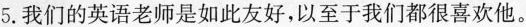
5.我们的英语老师是如此友好,以至于我们都很喜欢他.